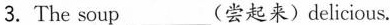
3.The soup___(尝起来)delicious.